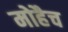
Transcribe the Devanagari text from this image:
मोहैच